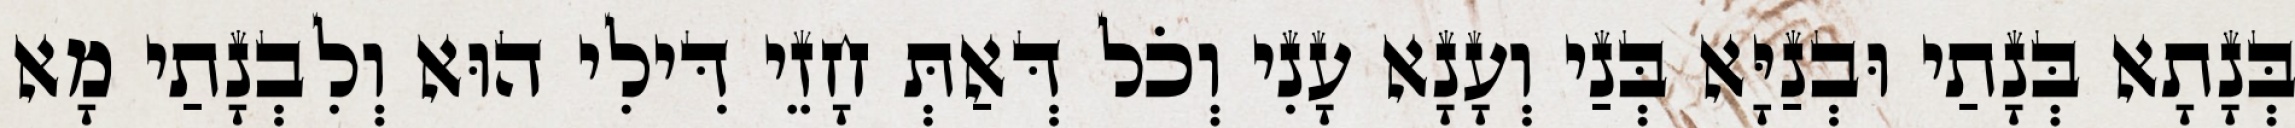
בְּנָתָא בְּנָתַי וּבְנַיָּא בְּנַי וְעָנָא עָנִי וְכֹל דְּאַתְּ חָזֵי דִּילִי הוּא וְלִבְנָתַי מָא